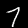
Digit: 7